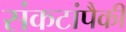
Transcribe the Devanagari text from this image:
संकटांपैकी